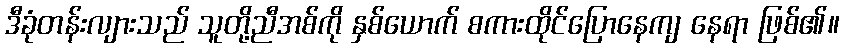
ဒီခုံတန်းလျားသည် သူတို့ညီအစ်ကို နှစ်ယောက် စကားထိုင်ပြောနေကျ နေရာ ဖြစ်၏။